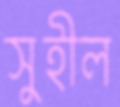
সুহীল